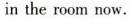
in the room now.